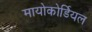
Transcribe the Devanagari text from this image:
मायोकोर्डियल